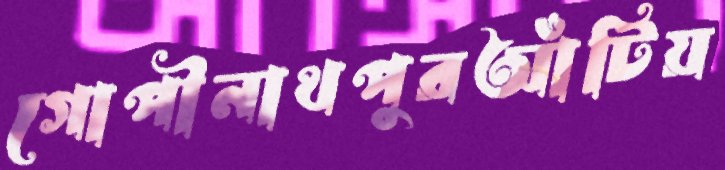
গোপীনাথপুরআঁটিয়